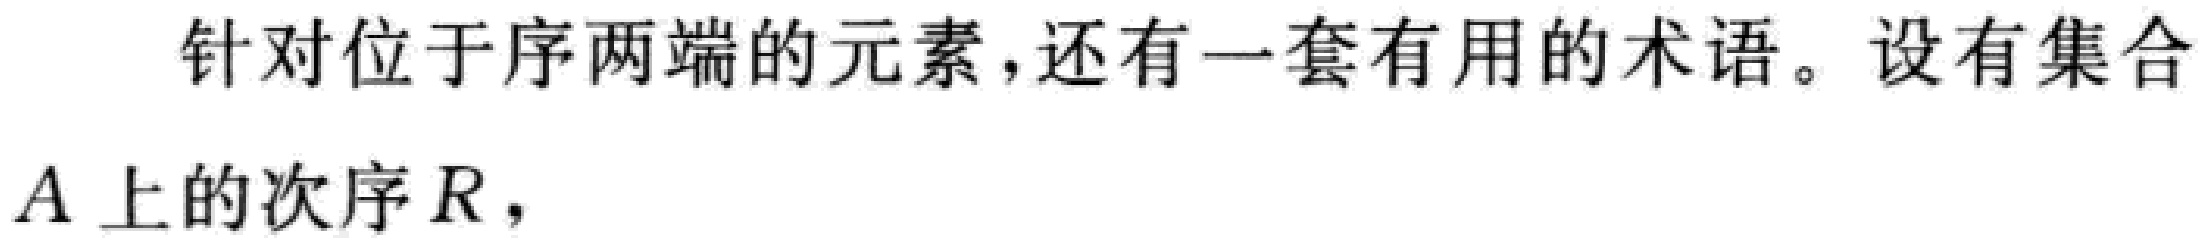
针对位于序两端的元素,还有一套有用的术语。设有集合
$A$ 上的次序 $R$，